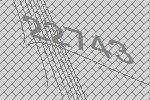
22743